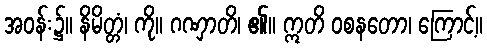
အဝန်း၌။ နိမိတ္တံ၊ ကို။ ဂဏှာတိ၊ ၏။ ဣတိ ဝစနတော၊ ကြောင့်။